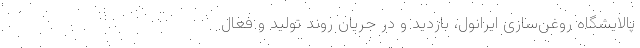
پالایشگاه روغن‌سازی ایرانول، بازدید و‌ در جریان روند تولید و فعال